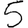
Digit: 5